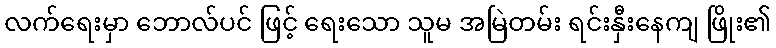
လက်ရေးမှာ ဘောလ်ပင် ဖြင့် ရေးသော သူမ အမြဲတမ်း ရင်းနှီးနေကျ ဖြိုး၏